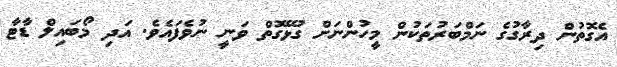
އެގޮތުން ދިރާގުގެ ނަމްބަރުތަކުން މީހުންނަށް ގުޅޭގޮތް ވަނީ ނުވެފައެވެ. އަދި މޯބައިލް ޑާޓާ